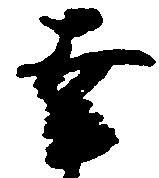
幸